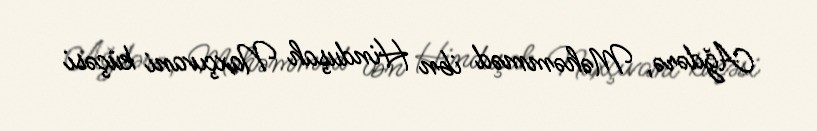
Ağdərə, Məhəmməd ibn Hinduşah Naxçıvani küçəsi